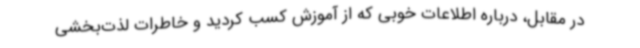
در مقابل، درباره اطلاعات خوبی که از آموزش کسب کردید و خاطرات لذت‌بخشی